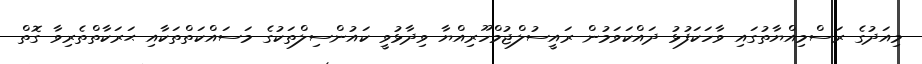
މިއަދުގެ ރަސްމިއްޔާތުގައި ވާހަކަފުޅު ދައްކަވަމުން ރައީސުލްޖުމްހޫރިއްޔާ ވިދާޅުވީ ކައުންސިލްތަކުގެ މަސައްކަތްތަކާއި ޙަރަކާތްތެރިވާ ގޮތް